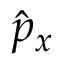
{ \hat { p } } _ { x }